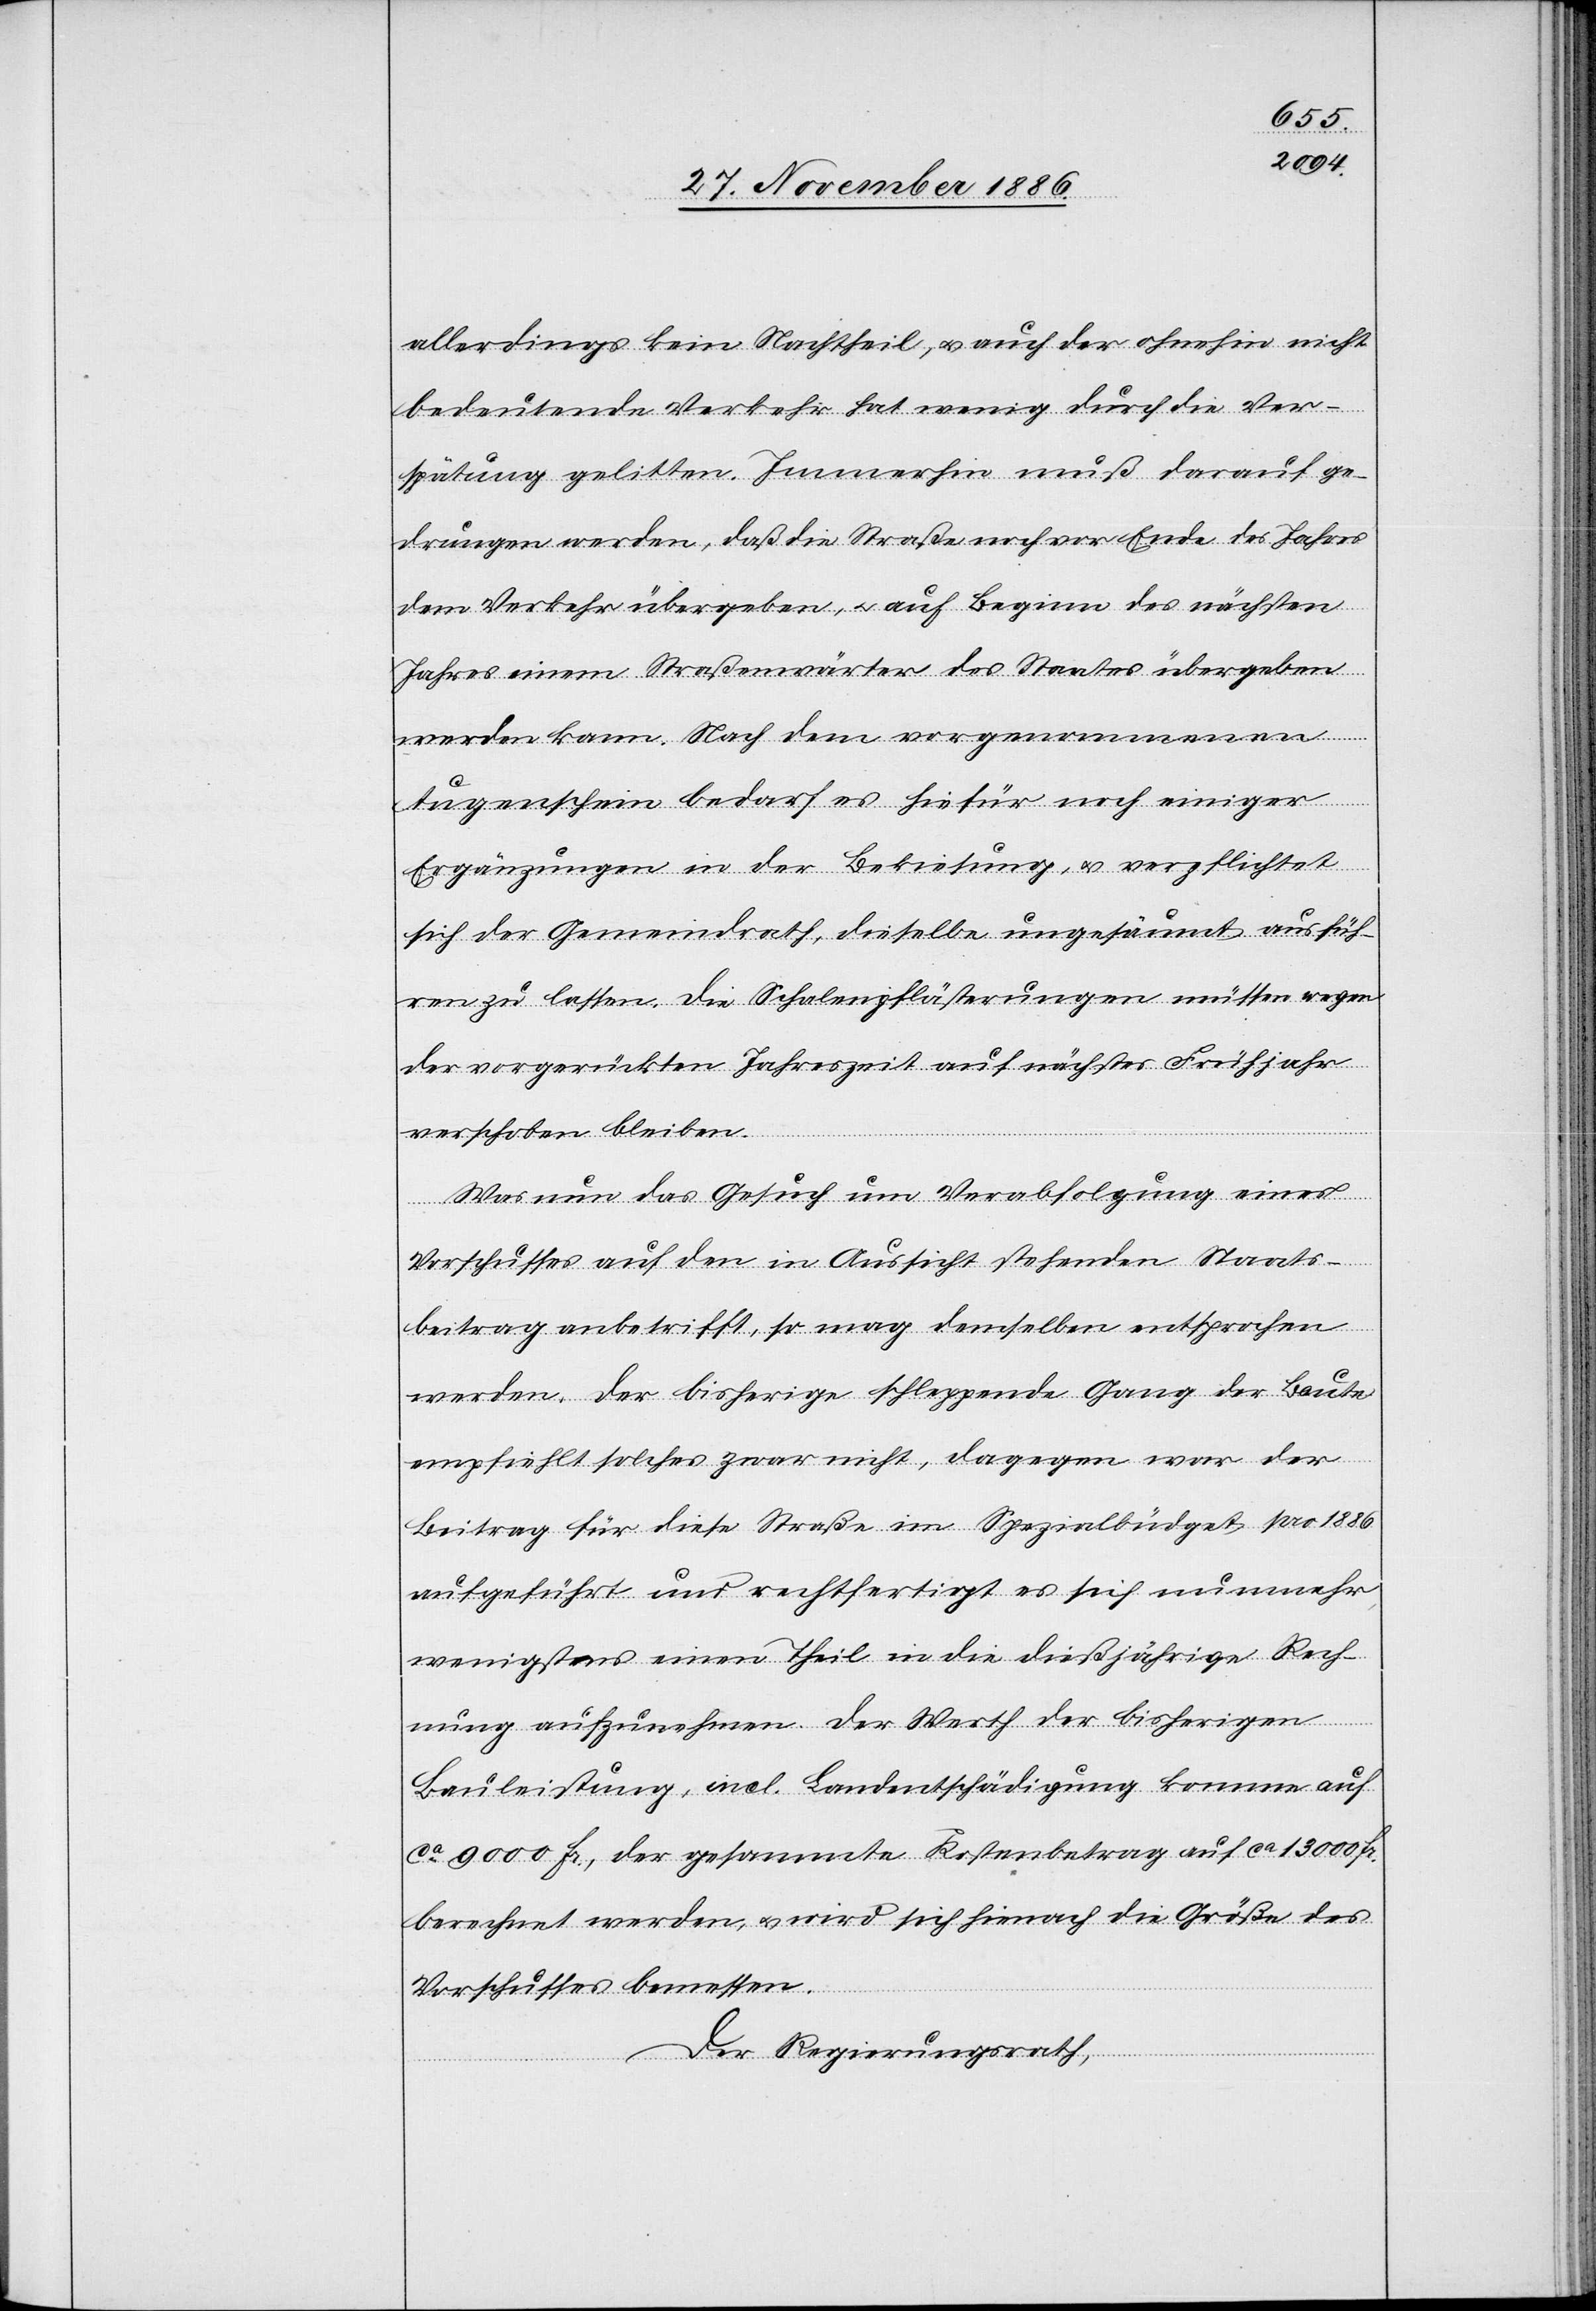
allerdings kein Nachtheil, & auch der ohnehin nicht
bedeutende Verkehr hat wenig durch die Ver¬
spätung gelitten. Immerhin muß darauf ge¬
drungen werden, daß die Straße noch vor Ende des Jahres
dem Verkehr übergeben, & auf Beginn des nächsten
Jahres einem Straßenwärter des Staates übergeben
auf
werden kann. Nach dem vorgenommenen
Augenschein bedarf es hiefür noch einiger
Ergänzungen in der Bekiesung, & verpflichtet
sich der Gemeindrath, dieselbe ungesäumt ausfüh¬
ren zu lassen. Die Schalenpflästerungen müssen wegen
der vorgerückten Jahreszeit auf nächstes Frühjahr
verschoben bleiben.
Was nun das Gesuch um Verabfolgung eines
Vorschusses auf den in Aussicht stehenden Staats¬
beitrag anbetrifft, so mag demselben entsprochen
werden. Der bisherige schleppende Gang der Baute
empfiehlt solches zwar nicht, dagegen war der
Beitrag für diese Straße im Spezialbüdget pro 1886
aufgeführt und rechtfertigt es sich nunmehr,
wenigstens einen Theil in die dießjährige Rech¬
nung aufzunehmen. Der Werth der bisherigen
Bauleistung, incl. Landentschädigung komme [s¬
ca 9000 Fr., der gesammte Kostenbetrag auf ca 13 000 Fr.
berechnet werden, & wird sich hienach die Größe des
Vorschusses bemessen.
Der Regierungsrath,